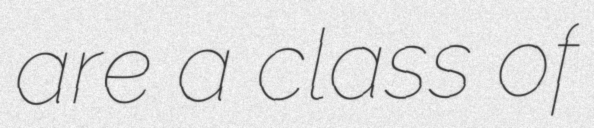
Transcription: are a class of